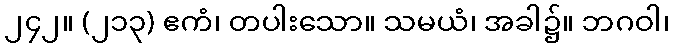
၂၄၂။ (၂၁၃) ဧကံ၊ တပါးသော။ သမယံ၊ အခါ၌။ ဘဂဝါ၊